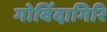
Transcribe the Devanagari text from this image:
गोविंदागिरि